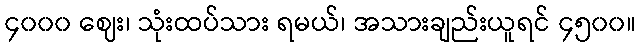
၄၀၀၀ ဈေး၊ သုံးထပ်သား ရမယ်၊ အသားချည်းယူရင် ၄၅၀၀။